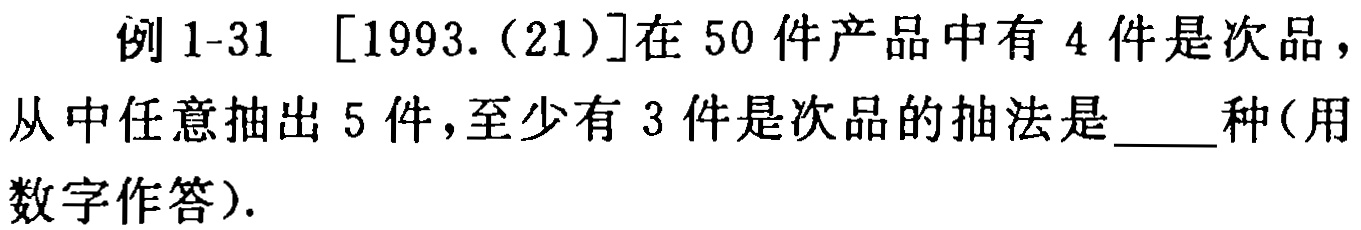
例 1-31 [1993.(21)]在 50 件产品中有 4 件是次品，从中任意抽出 5 件，至少有 3 件是次品的抽法是____种(用数字作答).